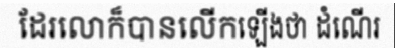
ដែរលោក៏បានលើកឡើងថា ដំណើរ